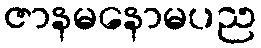
ဇာနမနောမပည